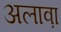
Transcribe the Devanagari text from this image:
अलाव़ा